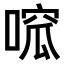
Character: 𠹁